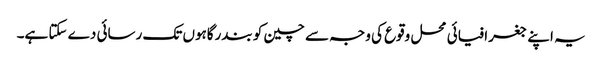
یہ اپنے جغرافیائی محل وقوع کی وجہ سے چین کو بندرگاہوں تک رسائی دے سکتا ہے۔